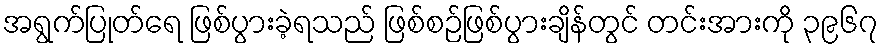
အရွက်ပြုတ်ရေ ဖြစ်ပွားခဲ့ရသည် ဖြစ်စဉ်ဖြစ်ပွားချိန်တွင် တင်းအားကို ၃၉၆၇